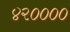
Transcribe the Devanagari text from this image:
४२००००